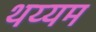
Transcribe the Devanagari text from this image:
थय्यम